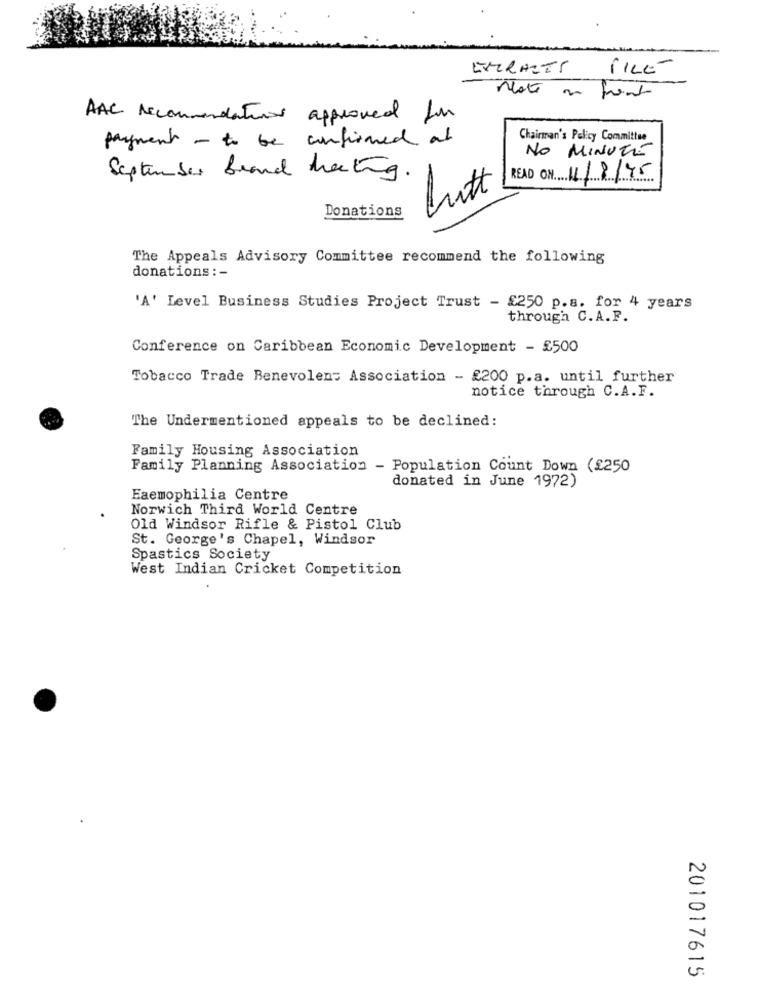
EMIRATES
FILE
Note on front
AAC recommendations approved for
payment - to be confirmed at
Chairman's Policy Committee
NO MINUTE
September brand hating.
READ ON 11/8/15
Lutt
Donations
The Appeals Advisory Committee recommend the following
donations : -
'A' Level Business Studies Project Trust - £250 p.s. for 4 years
through C. A.F.
Conference on Caribbean Economic Development - £500
Tobacco Trade Benevolen: Association - £200 p.a. until further
notice through C.A.F.
The Undermentioned appeals to be declined:
Family Housing Association
Family Planning Association - Population Count Down (£250
donated in June 1972)
Eaemophilia Centre
Norwich Third World Centre
Old Windsor Rifle & Pistol Club
St. George's Chapel, Windsor
Spastics Society
West Indian Cricket Competition
201017615